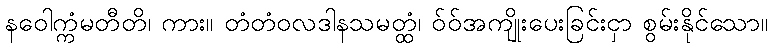
နဝေါက္ကံမတီတိ၊ ကား။ တံတံဝလဒါနသမတ္ထံ၊ ဝ်ဝ်အကျိုးပေးခြင်းငှာ စွမ်းနိုင်သော။